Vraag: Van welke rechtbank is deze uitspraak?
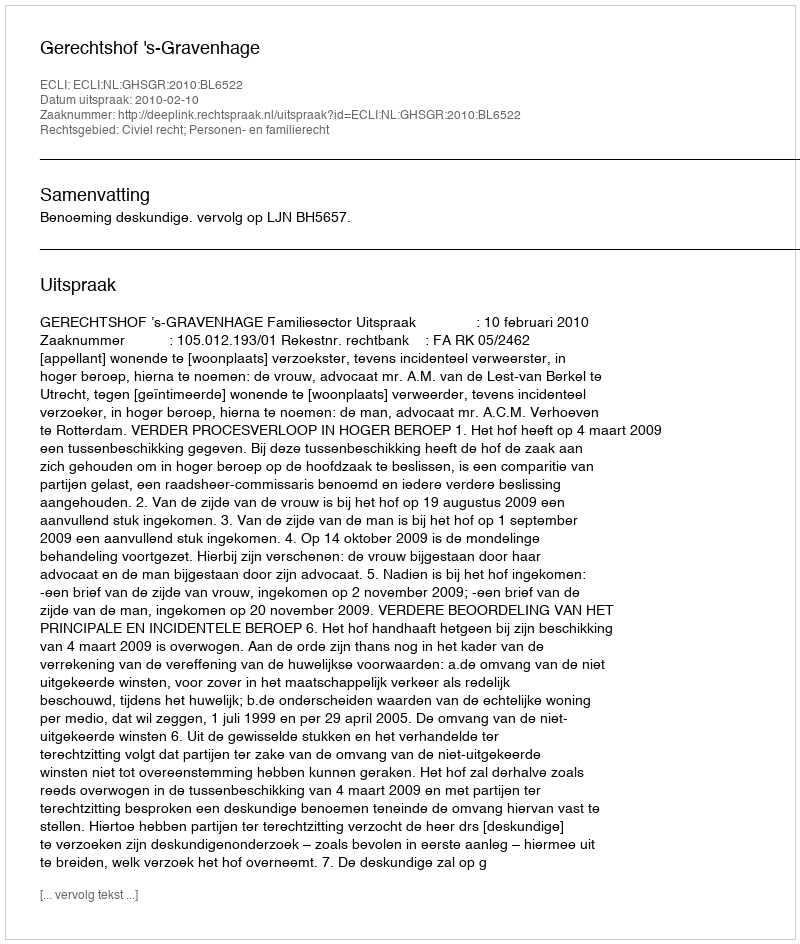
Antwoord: Gerechtshof 's-Gravenhage